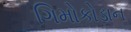
ગિમોકોડાન